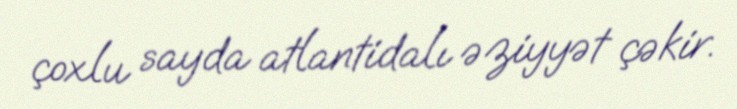
çoxlu sayda atlantidalı əziyyət çəkir.